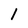
Character: 1